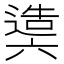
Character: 𨖰